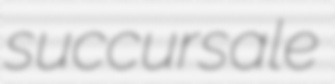
succursale